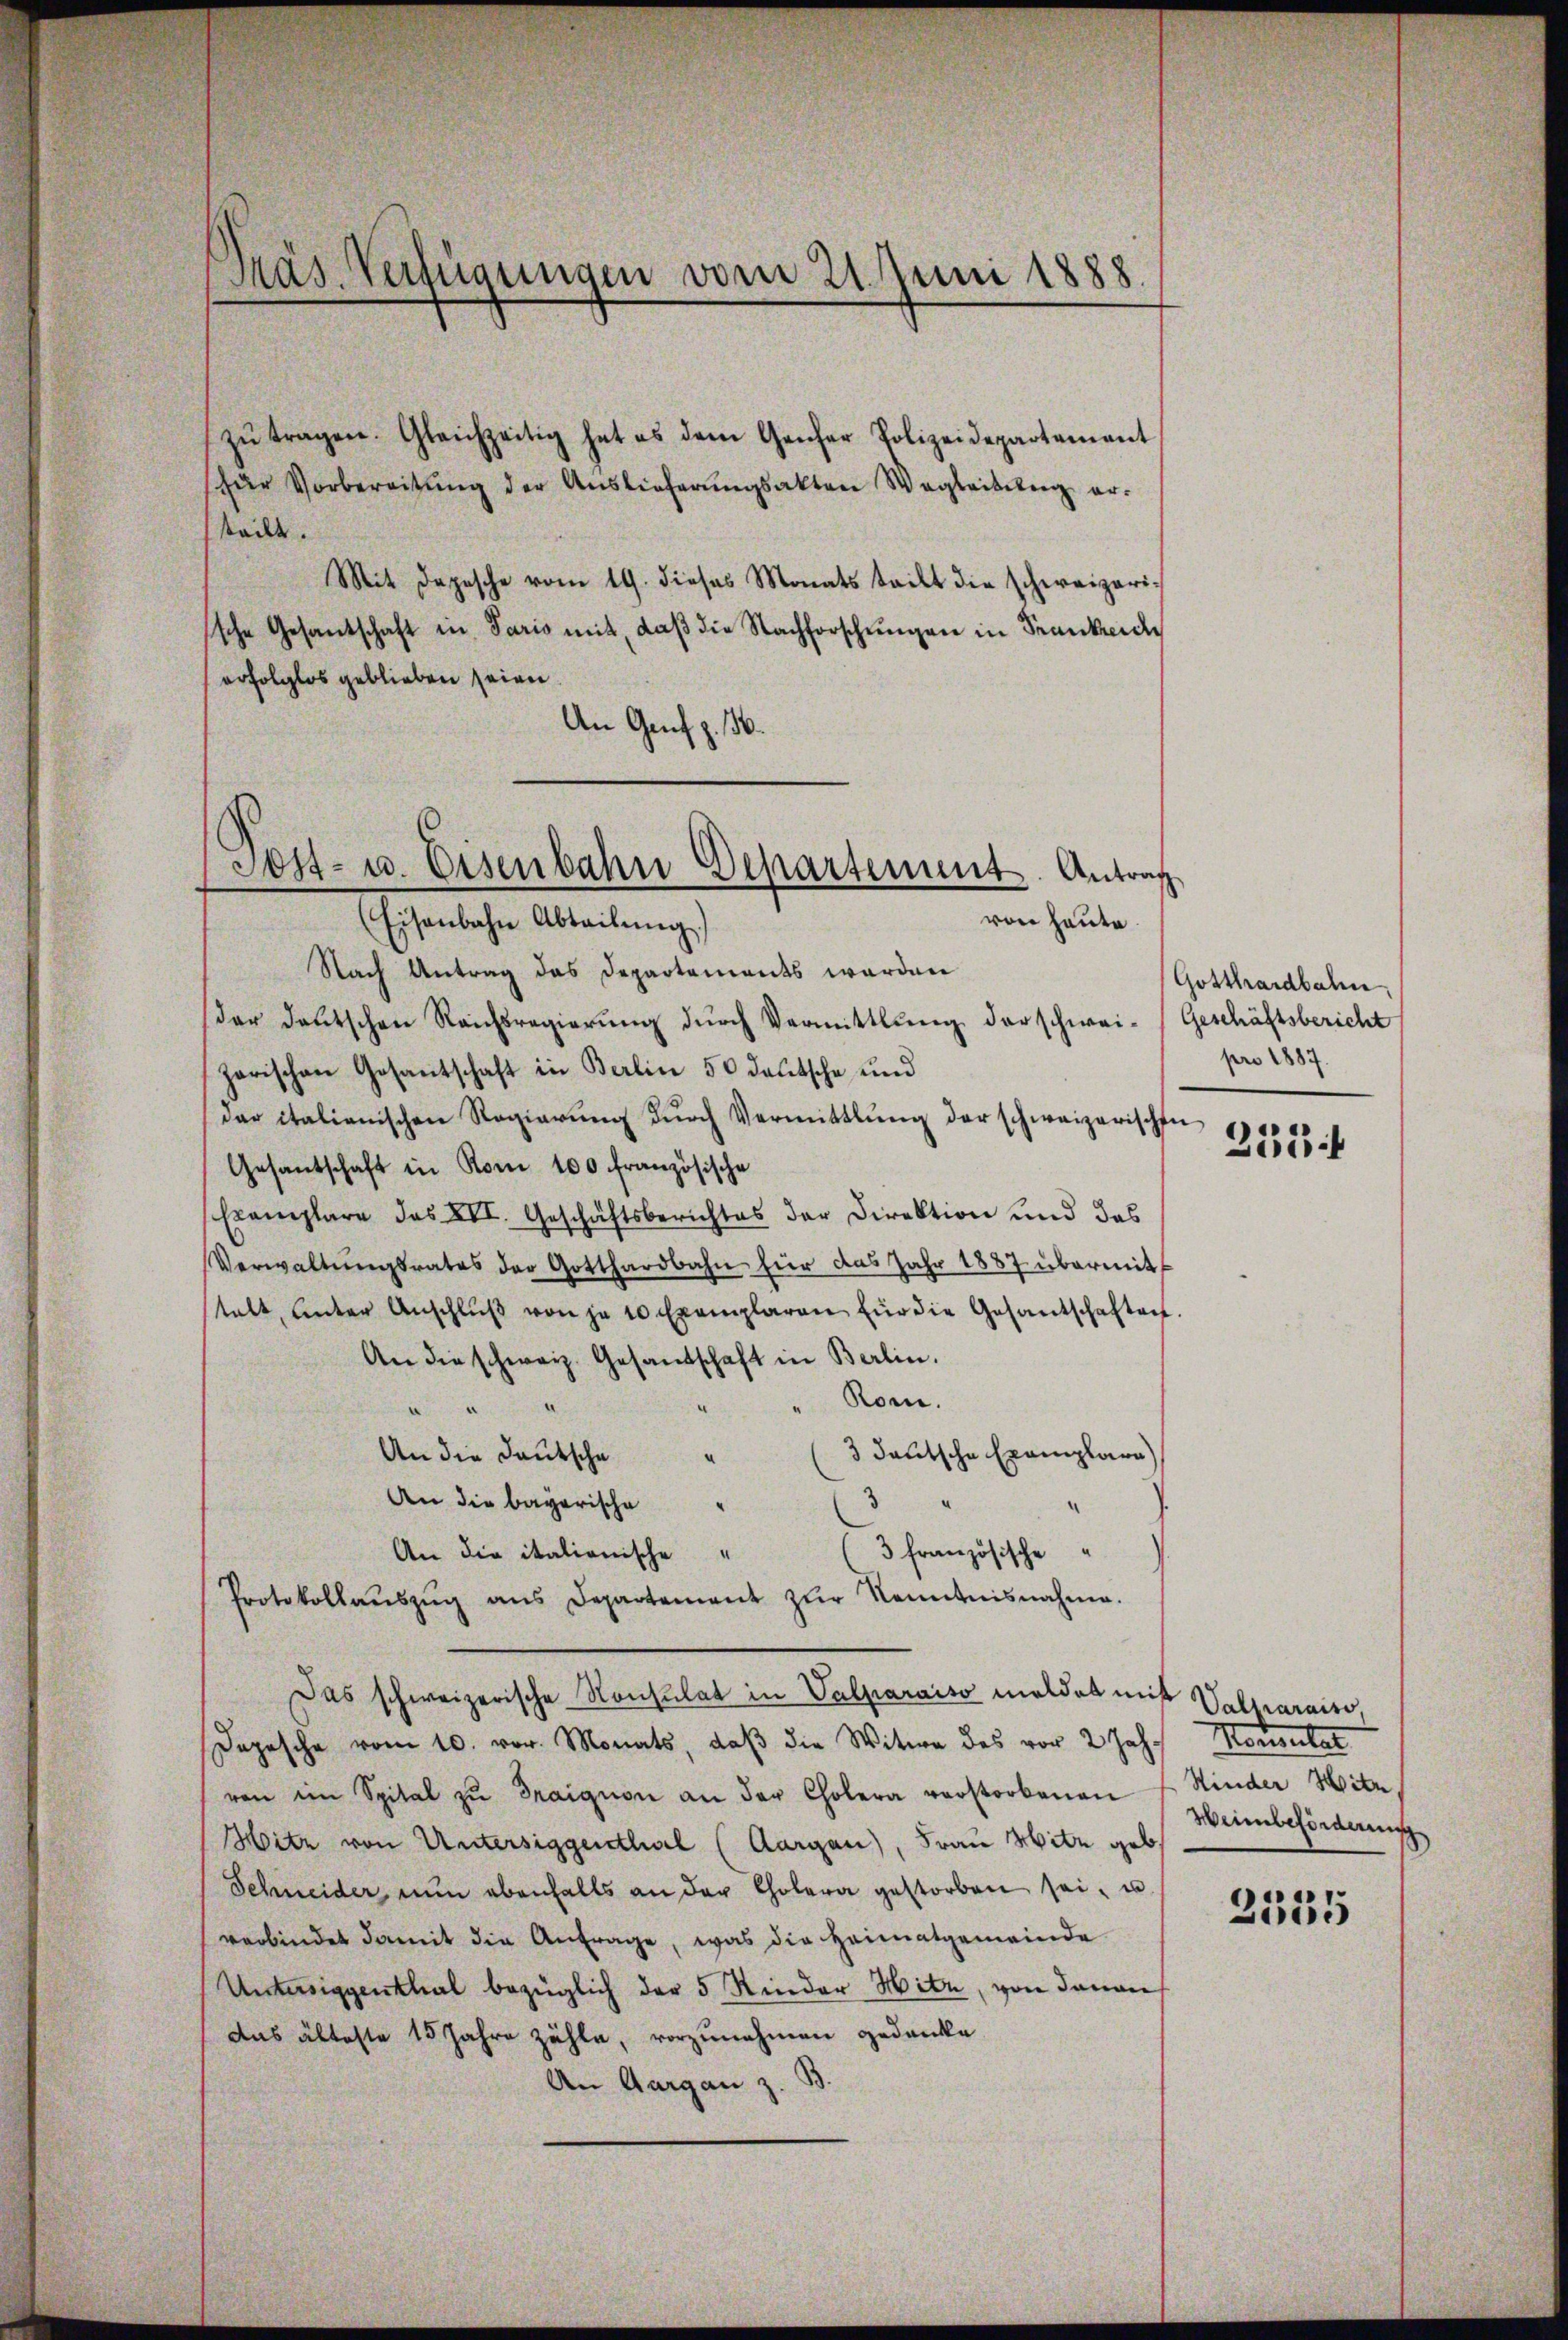
Präs. Verfügungen vom 21. Juni 1888.

zŭ tragen. Gleichzeitig hat es dem Genfer Polizeidepartement
(für Vorbereitŭng der Auslieferŭngsakten Wegleitŭng er-
steilt.
Mit Depesche vom 19. dieses Monats teilt die schweizerische Gesantschaft in Paris mit, daβ die Nachforschŭngen in Frankende
erfolglos geblieben seien.
An Genf z. 156.
Nach Antrag das Departements werden
dar deutschen Reichsregierŭng dŭrch Vermittlung derschwei- (Geschäftsbericht
zarischen Gesantschaft in Berlin 50 deutsche und
dar italienischen Regierŭng dŭrch Vermittlung der schweizerischen
Gesantschaft in Rom 100 französische
Exemplare des XII. Geschäftsberichtes der Direktion und das
Verwaltŭngsrates der Gotthardbahn für das Jahr 1887 übermit
stalt, unter Anschlŭβ von je 10 Exemplaren für die Gesantschaften.
An die schweiz. Gesandschaft in Berlin.
Rom.
.
3 deutsche Exemplare
An die Deutsche
An die bayerische
An die italionische
3 französische
Protokollaŭszŭg ans Departement zŭr Kenntnisnahme.
Das schweizerische Konsulat in Valparaiso meldet mit Valmarais,
Dopische vom 10. vor. Monats, daβ die Witwe des vor 2 Jahr Konsulat
von im Spital zŭ Fraignon an der Cholera verstorbenen E. Kinder Hitz,
Hitz von Untersiggenthal (Aargau), Frau Witz geb.
Schneider nŭn ebenfalls an der Cholera gestorben sei, u
verbindet damit die Anfrage, was die Heimatgemeinde
Untersiggenthal bezüglich der 5 Kinder Hitz, von davon
das älteste 15 Jahre zähle, vorzunehmen gedanke
An Aargau z. B.

Sost- u. Eisenbahn Departement. Antrag
von heute
(Eisenbahn Abteilung.)

Gotthardbahn,
pro 1887.

255.

Heimbeförderung

2335